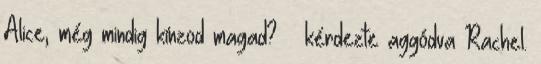
Alice, még mindig kínzod magad? – kérdezte aggódva Rachel.